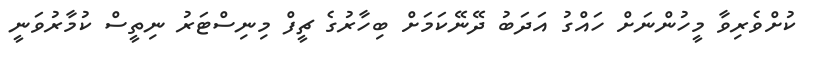
ކުށްވެރިވާ މީހުންނަށް ހައްގު އަދަބު ދޭނޭކަމަށް ބިހާރުގެ ޗީފް މިނިސްޓަރު ނިތީސް ކުމާރުވަނީ